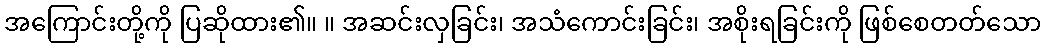
အကြောင်းတို့ကို ပြဆိုထား၏။ ။ အဆင်းလှခြင်း၊ အသံကောင်းခြင်း၊ အစိုးရခြင်းကို ဖြစ်စေတတ်သော